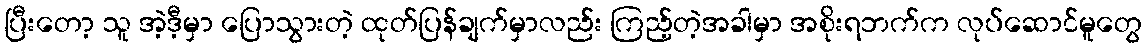
ပြီးတော့ သူ အဲ့ဒီ့မှာ ပြောသွားတဲ့ ထုတ်ပြန်ချက်မှာလည်း ကြည့်တဲ့အခါမှာ အစိုးရဘက်က လုပ်ဆောင်မူတွေ